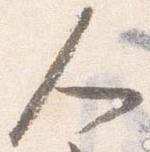
人